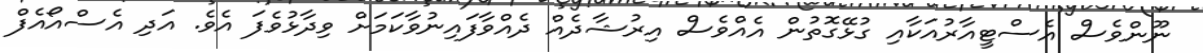
ނޫންވެސް އެސްޓީއާރުއަކާއި ގުޅޭގޮތުން އެއްވެސް އިރުޝާދެއް ދެއްވާފައިނުވާކަމަށް ވިދާޅުވެފަ އެވެ. އަދި އެސްއޯއެފް